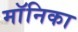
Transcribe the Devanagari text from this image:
माॅनिका